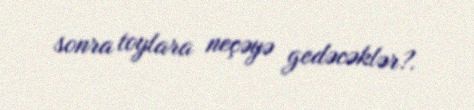
sonra toylara neçəyə gedəcəklər?.